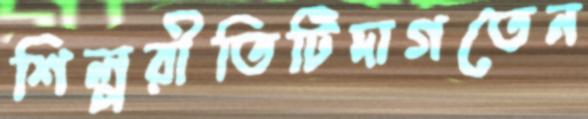
শিল্পরীতিটিদাগতেন